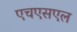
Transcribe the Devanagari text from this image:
एचएसएल